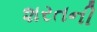
શરતની